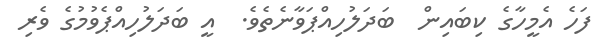
ފަހެ އެމީހާގެ ކިބައިން  ބަދަލުހިއްޕަވާނެތެވެ.  އީ ބަދަލުހިއްޕެވުމުގެ ވެރި